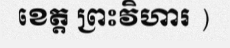
ខេត្ត ព្រះវិហារ )